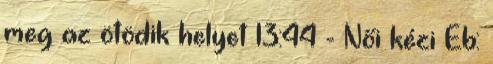
meg az ötödik helyet 13:44 - Női kézi Eb: